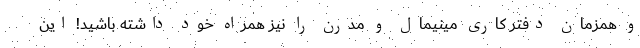
و همزمان دفتر کاری مینیمال و مدرن را نیز همراه خود داشته باشید! این